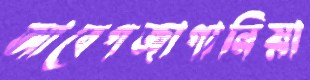
আবেগজাগানিয়া